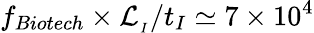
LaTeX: f_{Biotech}\times\mathcal{L}_{_{I}}/t_{I}\simeq 7\times 10^{4}